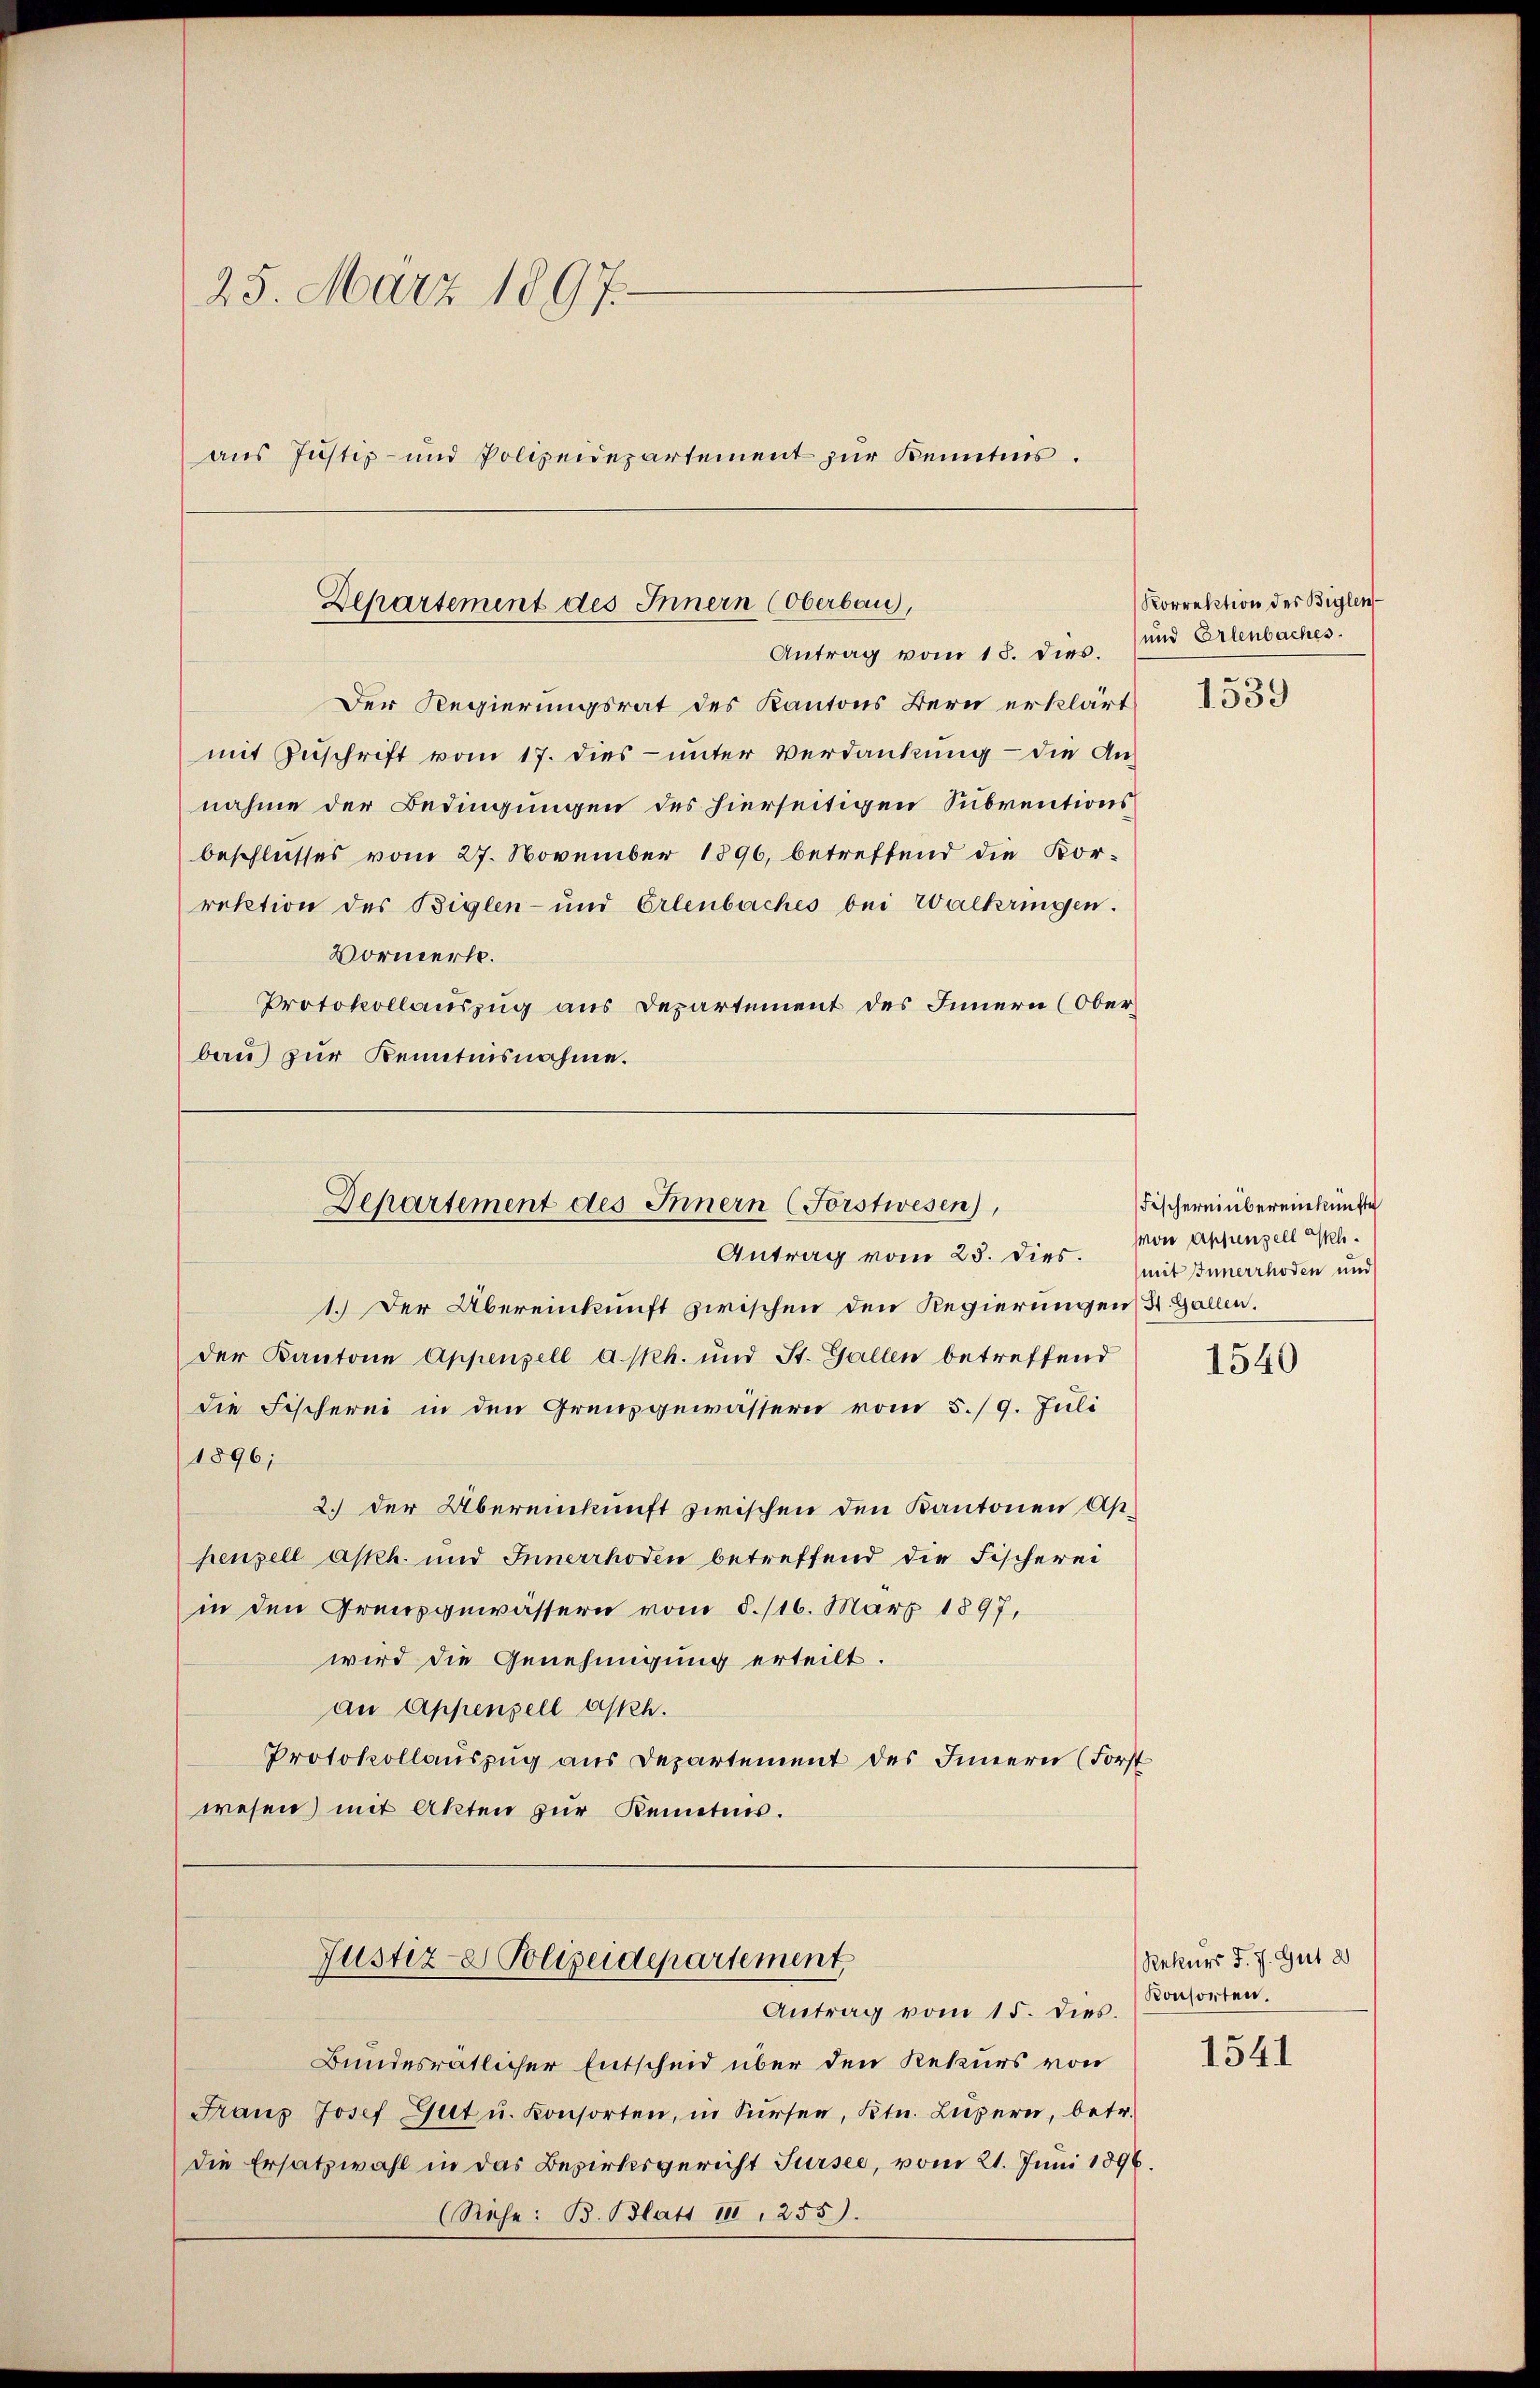
25. März 1897.
aus Justiz- und Polizeidepartement zur Kenntnis.

Departement des Innern (Oberbau,
Antrag vom 18. dies.

Departement des Innern (Forstwesen),
Antrag vom 25. dies.

Der Regierungsrat des Kantons Bern erklärt
mit Zuschrift vom 17. dies- unter Verdankung - die Annahme der Bedingungen des hierseitigen Subventionsbeschlusses vom 27. November 1896, betreffend die Korrektion des Biglen- und Erlenbaches bei Walkringen.
Vormerk.
Protokollauszug aus Departement des Innern (Oberbau) zur Kenntnisnahme.

1.) Der Übereinkunft zwischen den Regierungen 31. Gallen.
der Kantone Appenzell a. Ph. und St. Gallen betreffend
die Fischerei in den Grenzgewässern vom 5./9. Juli
1896;
2.) Der Übereinkunft zwischen den Kantonen Aphenzell askh. und Innerrhoden betreffend die Fischerei
in den Grausgewässern vom 8./16. März 1897,
wird die Genehmigung erteilt.
an Appenzell Askh.
Protokollauszug aus Departement des Innern (Forst
wesen) mit Akten zur Kemetens.
Justiz- Polizeidepartement
Antrag vom 15. dies.
Bundesrätlicher Entscheid über den Rekurs von
Franz Josef Gut u. Konsorten, in Surser, Ktn. Lŭzern, betr.
die Ersatzwahl in das Bezirksgericht Sursee, vom 21. Juni 1896
(Rehe: B. Blatt III, 255).

Korrektion des Beglen
und Erlenbaches.

1539

Fischereinbereinkünfte
on Appenzell h.
mit Innerrhoden und

1540

Rekurs J. J. Gut d
Konsorten.

1541